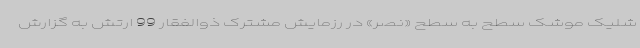
شلیک موشک سطح به سطح «نصر» در رزمایش مشترک ذوالفقار 99 ارتش به گزارش